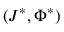
( J ^ { * } , \Phi ^ { * } )